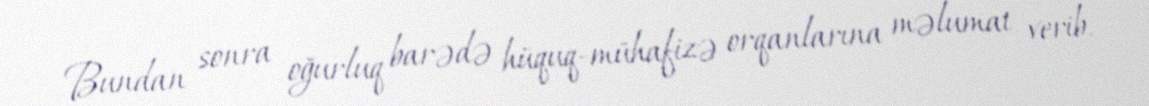
Bundan sonra oğurluq barədə hüquq-mühafizə orqanlarına məlumat verib.